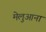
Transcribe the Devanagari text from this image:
मेलुआना